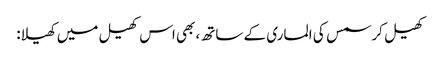
کھیل کرسمس کی الماری کے ساتھ، بھی اس کھیل میں کھیلا: